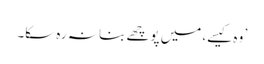
’ وہ کیسے، میں پوچھے بنا نہ رہ سکا۔